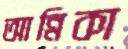
আন্নিকা